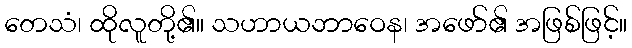
တေသံ၊ ထိုလူတို့၏။ သဟာယဘာဝေန၊ အဖော်၏ အဖြစ်ဖြင့်။